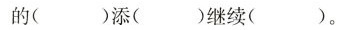
就在余数的()添()继续()。